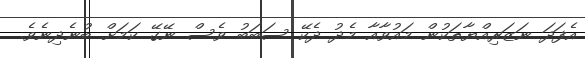
އެފަދަ ނަޒަރިއްޔާތަކުން މައުވާއާ މެދު ދެކޭ ސަބަބު ވެސް ނޭގޭ ކަމަށް ބުނެދިނެވެ.